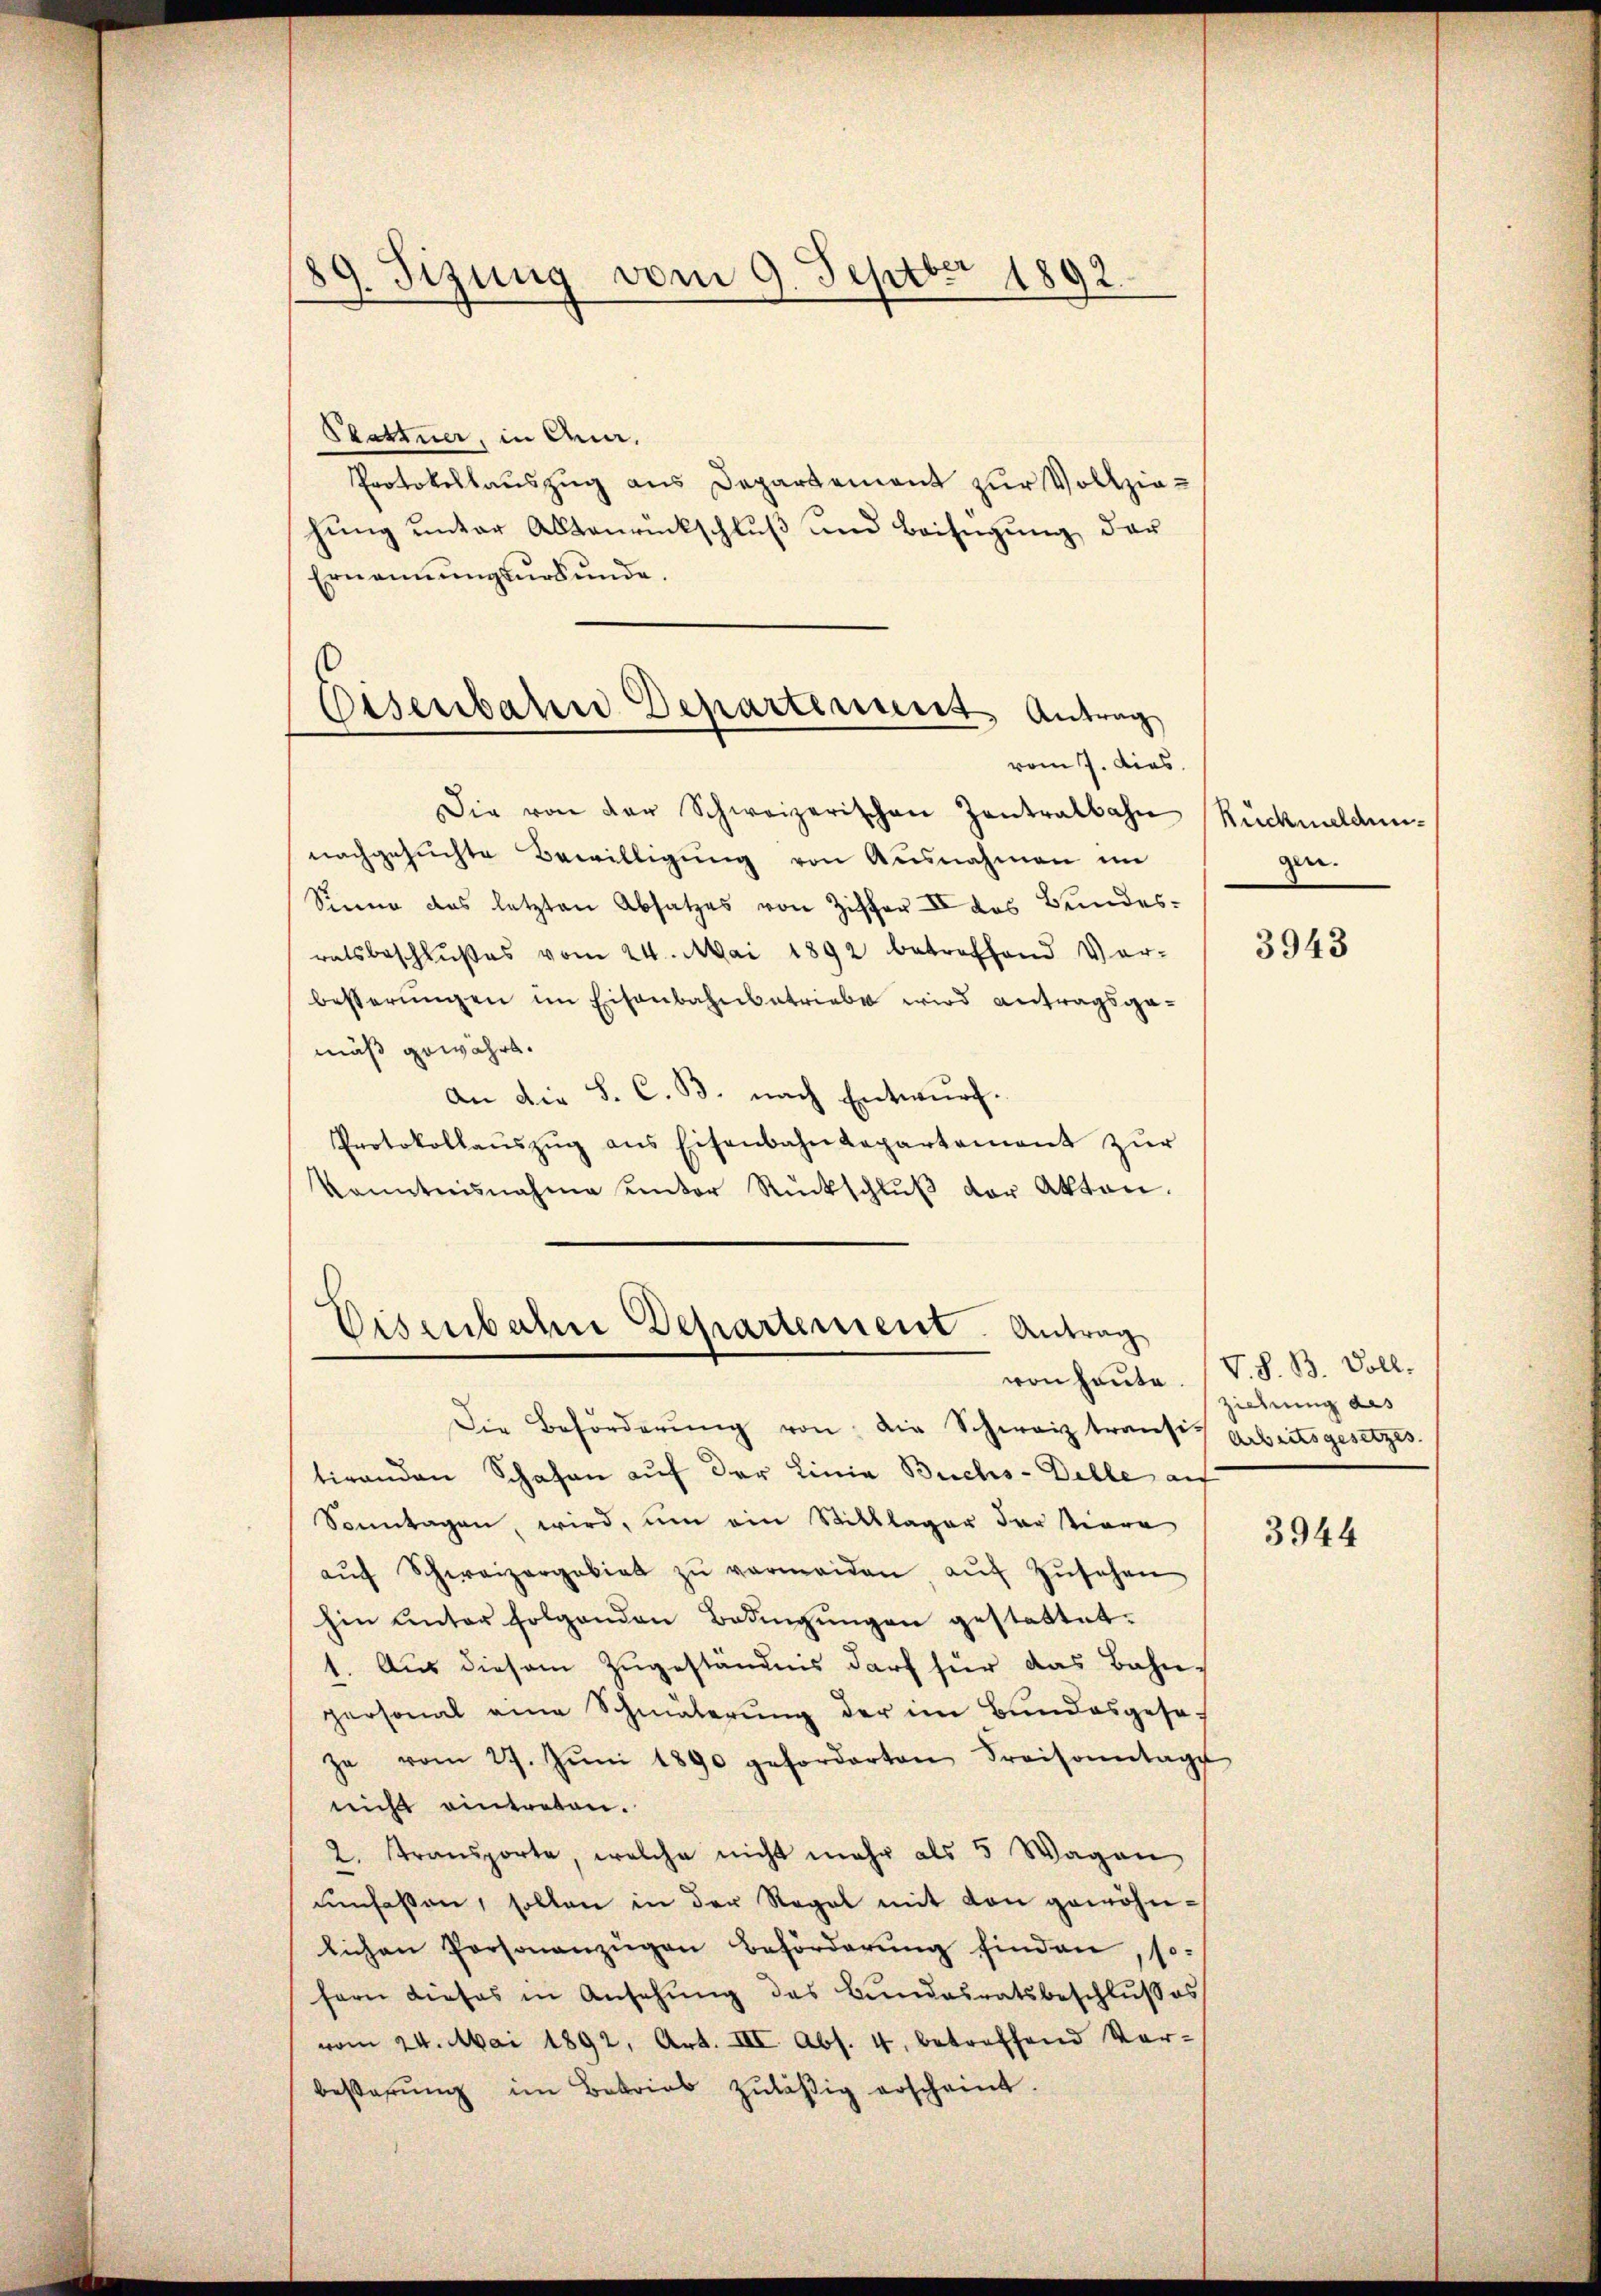
89. Sizung vom 9. Septbr 1892.

.
Eisenbaren Departement Antrag
vom 7. dies

Stattner, in Anm.
Protokollauszug aus Departement zur Vollziehung unter Altenrückschluß und Beifügung der
Ernennungsurkunde.
Die von der Schweizerischen Zentralbahn
nachgesuchte Bewilligŭng von Ausnahmen im
Sinne das letzten Absatzes von Ziffer II des Bundesratsbeschlŭβes vom 24. Mai 1892 betreffend Ver-
besserŭngen im Eisenbahnbetriebe wird antragsga-
mäß gewährt.
An die S. C. B. nach Entwurf.
Protokollaŭszŭg ans Eisenbahndepartement zŭr
kanntnisnahme unter Rückschlŭβ der Akten.

Eisenbahne Departement. Antrag

Rückmeldungen.

3943

ziehung des

von heute V. S. B. Voll-

Die Beförderŭng von die Schwarz transi Arbeitsgesetzes.
tirenden Schafen auf der Linia Buchs-Delle auf
Sonntagen wird, um ein Stilklager der tiere
aŭf Schweizergebiet zŭ vermeiden aŭf Zŭsehen
hin unter folgenden Bedingungen gestattet.
1. Aus diesem Zugeständnis darf für das Bahnpersonal eine Schmälerŭng der im Bundesgeseza vom 27. Jŭni 1890 geforderten Preisonntage
nicht eintreten.
2. Stransporte, welche nicht mehr als 5 Wagen
umfaßen, sollen in der Regel mit den gewöhnlichen Personanzügen Beförderŭng finden, so-
fern dieses in Ansehung des Bundesratsbeschlußes
vom 24. Mai 1892, Art. III. Abs. 4. betreffend Ver-
besterŭng im Betrieb zuläßig erscheint.

3944